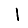
Digit: 1